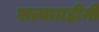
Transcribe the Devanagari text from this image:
सत्याग्रहींनी